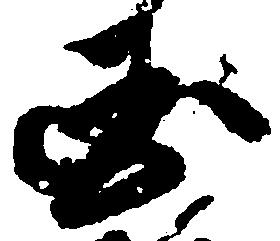
国